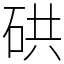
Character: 硔